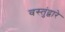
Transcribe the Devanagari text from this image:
वस्तुंद्वारे